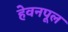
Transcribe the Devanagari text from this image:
हेवनपूल